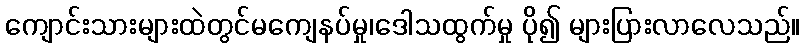
ကျောင်းသားများထဲတွင်မကျေနပ်မှု၊ဒေါသထွက်မှု ပို၍ များပြားလာလေသည်။